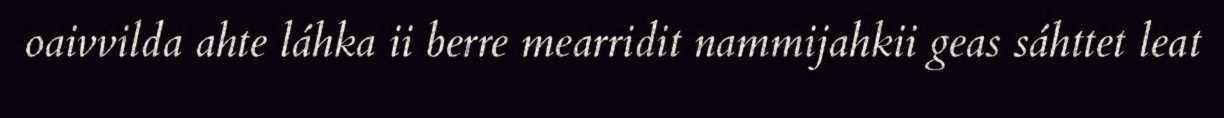
oaivvilda ahte láhka ii berre mearridit nammijahkii geas sáhttet leat